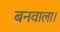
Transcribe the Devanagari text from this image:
बनवाला।